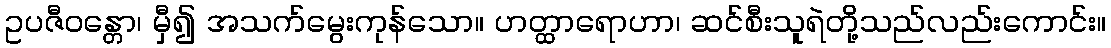
ဥပဇီဝန္တော၊ မှီ၍ အသက်မွေးကုန်သော။ ဟတ္ထာရောဟာ၊ ဆင်စီးသူရဲတို့သည်လည်းကောင်း။